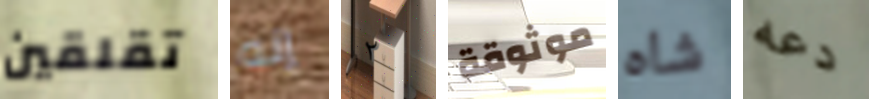
تقلقين إنه ٢ موثوقة شاه دعه